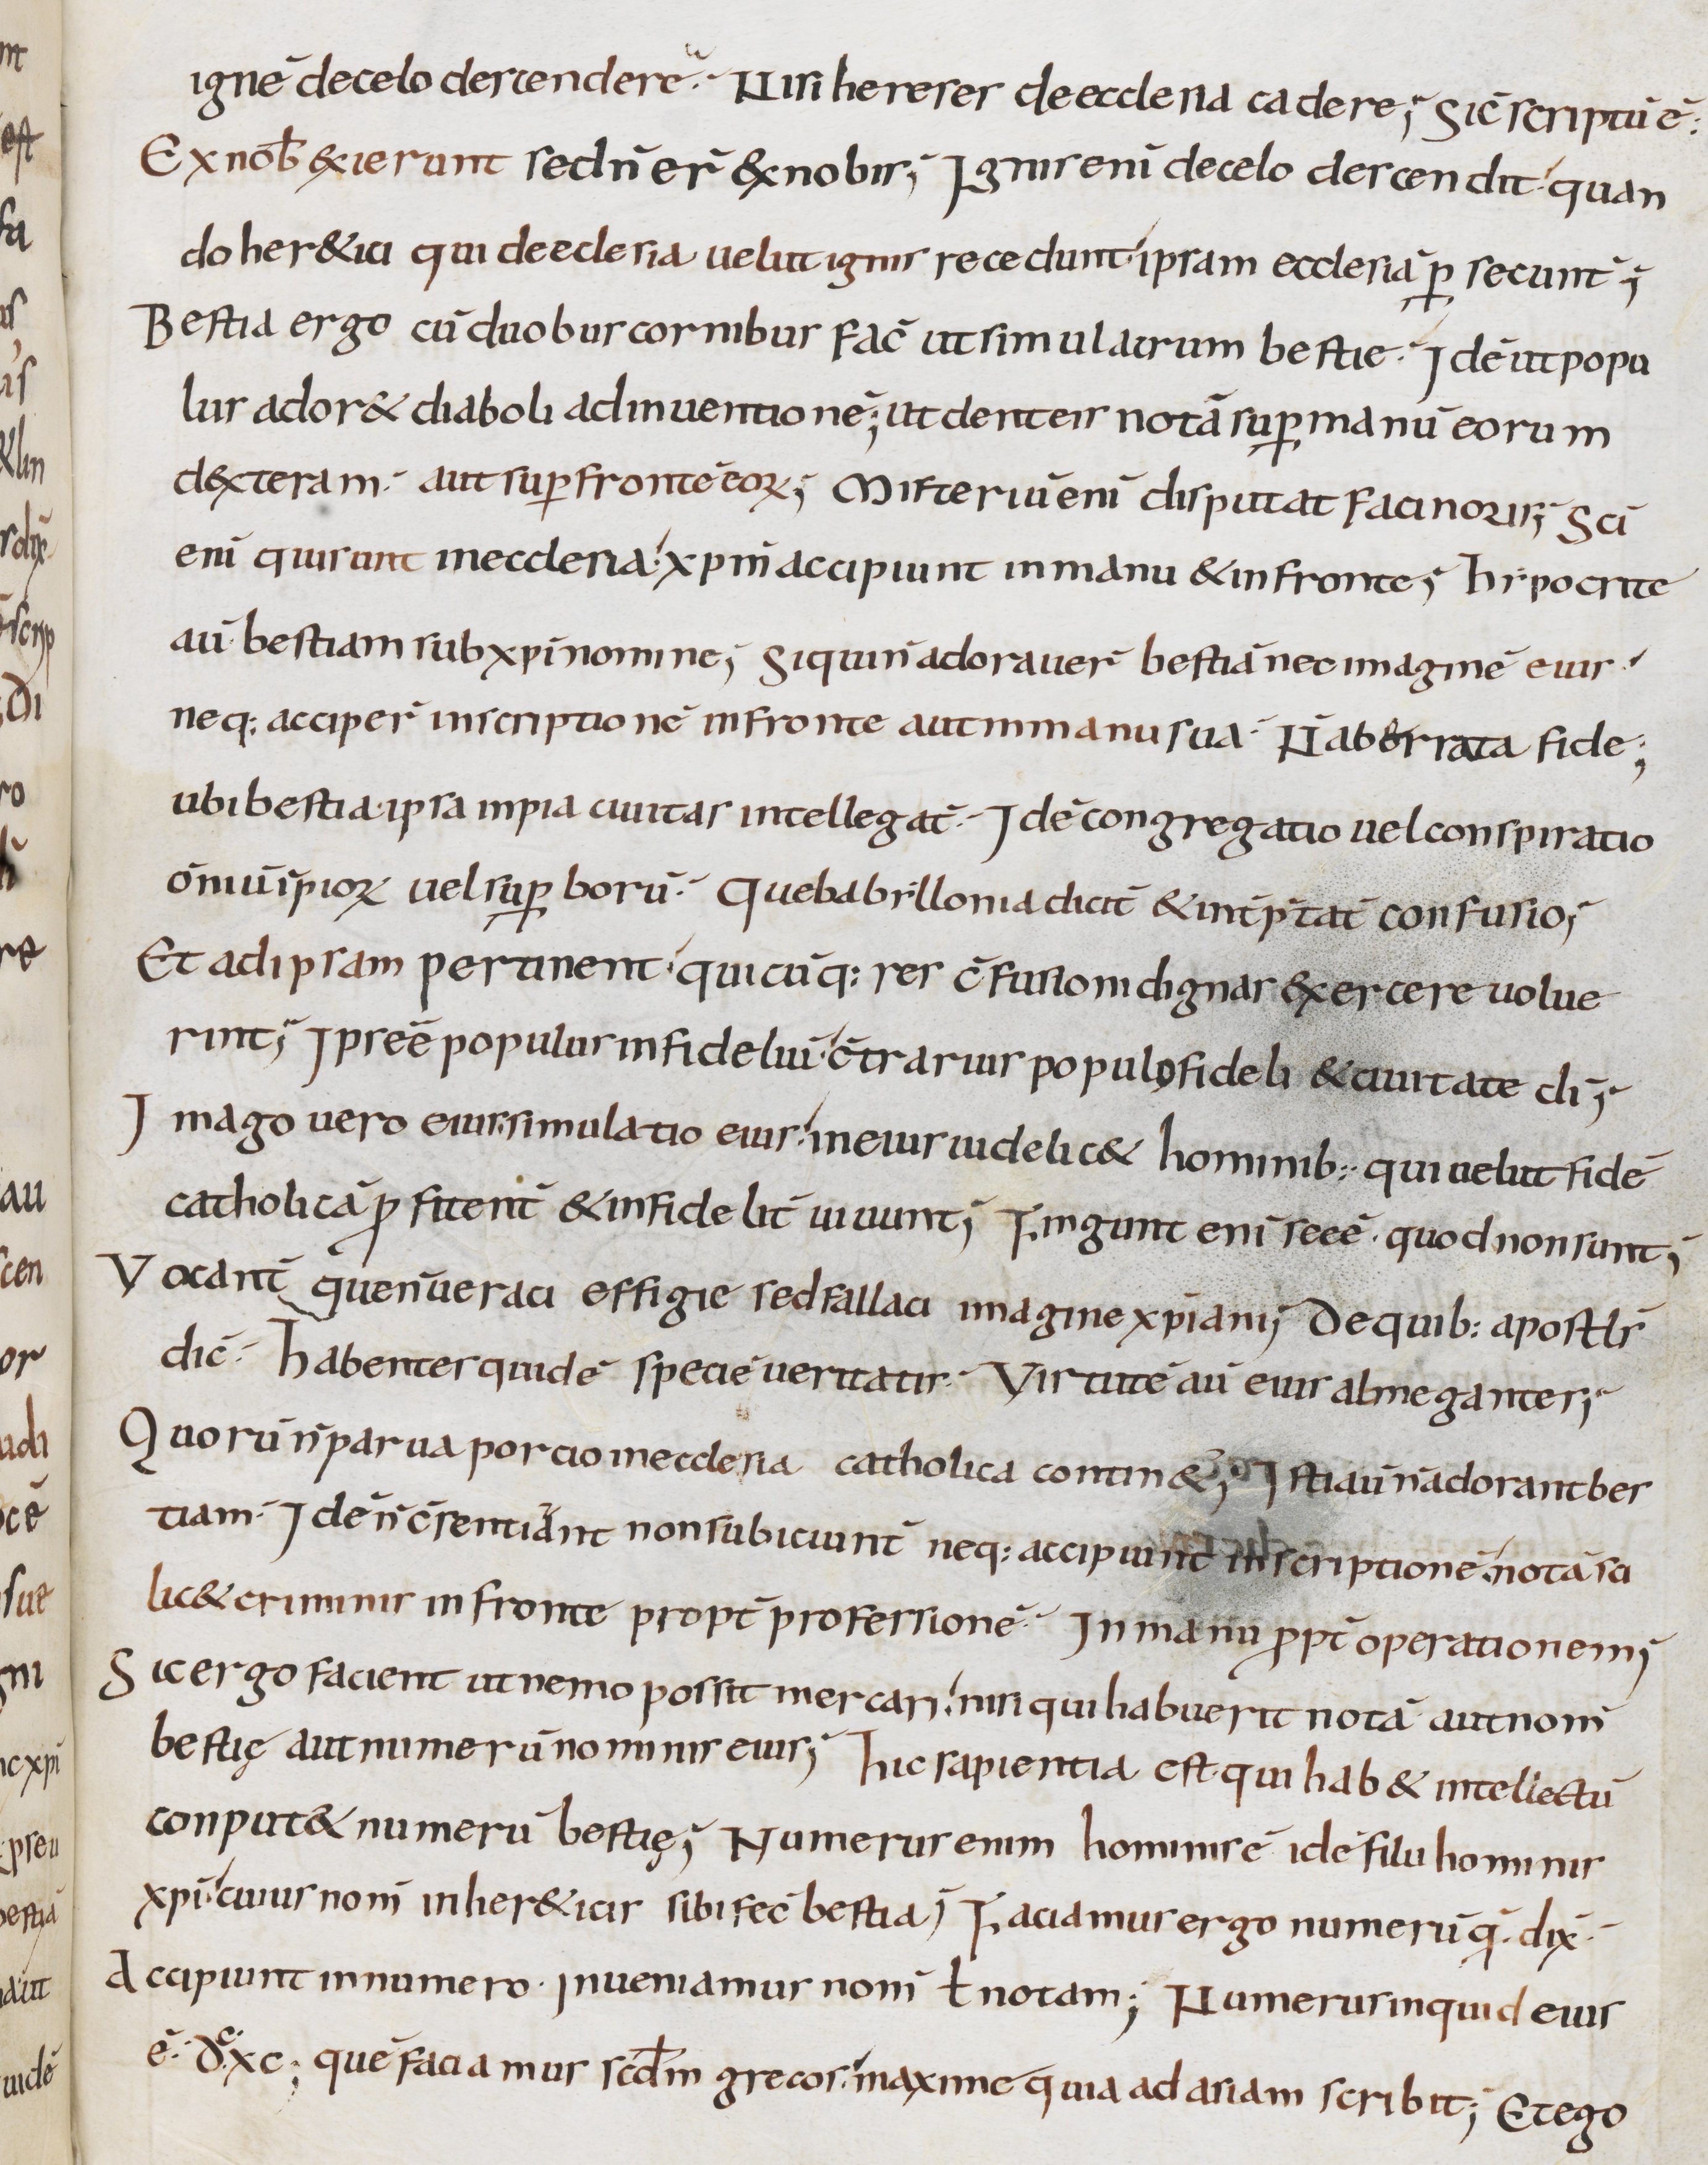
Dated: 800–899